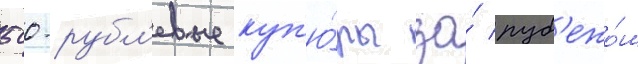
500-рубл'евые куп'ю́ры за́ руб'ежо́м